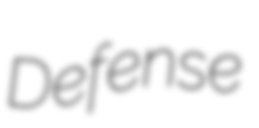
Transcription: Defense